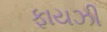
ફાયઝી